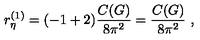
r _ { \eta } ^ { ( 1 ) } = ( - 1 + 2 ) \frac { C ( G ) } { 8 \pi ^ { 2 } } = \frac { C ( G ) } { 8 \pi ^ { 2 } } \ ,